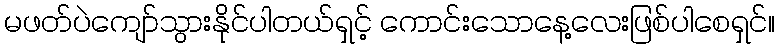
မဖတ်ပဲကျော်သွားနိုင်ပါတယ်ရှင့် ကောင်းသောနေ့လေးဖြစ်ပါစေရှင်။